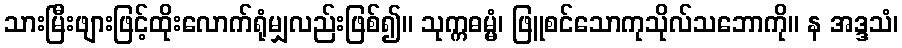
သားမြီးဖျားဖြင့်ထိုးလောက်ရုံမျှလည်းဖြစ်၍။ သုက္ကဓမ္မံ၊ ဖြူစင်သောကုသိုလ်သဘောကို။ န အဒ္ဒသံ၊